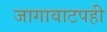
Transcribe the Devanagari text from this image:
जागावाटपही